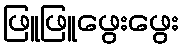
ဖြူဖြူဖွေးဖွေး